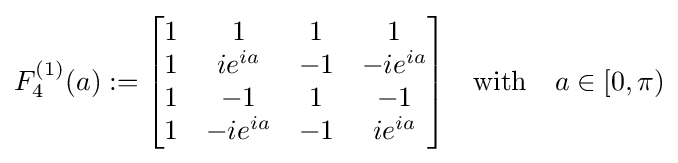
F_{4}^{(1)}(a):={\begin{bmatrix}1&1&1&1\\1&ie^{ia}&-1&-ie^{ia}\\1&-1&1&-1\\1&-ie^{ia}&-1&ie^{ia}\end{bmatrix}}{\quad {\rm {with\quad }}}a\in [0,\pi )